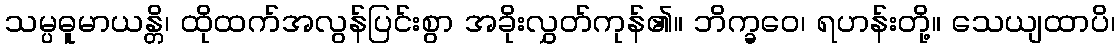
သမ္ပဓူမာယန္တိ၊ ထိုထက်အလွန်ပြင်းစွာ အခိုးလွှတ်ကုန်၏။ ဘိက္ခဝေ၊ ရဟန်းတို့။ သေယျထာပိ၊